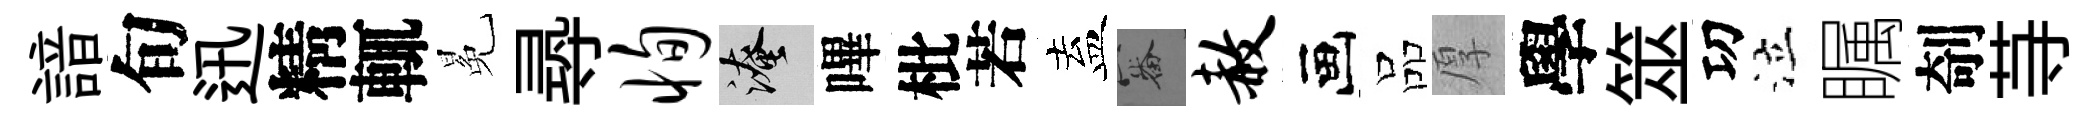
諳旬迅精輒冕𡬶恂淹嗶枇若盍審赦画品厚學筮㓛泣瞩剞䒭